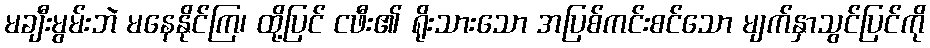
မချီးမွမ်းဘဲ မနေနိုင်ကြ၊ ထို့ပြင် ငဖီး၏ ရိုးသားသော အပြစ်ကင်းစင်သော မျက်နှာသွင်ပြင်ကို